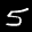
Digit: 5